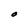
Character: O